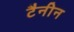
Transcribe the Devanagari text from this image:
टैनीन